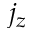
j _ { z }